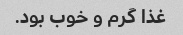
غذا گرم و خوب بود.